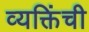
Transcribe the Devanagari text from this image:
व्यक्तिंची